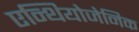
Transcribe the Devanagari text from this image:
एन्थियोजेनिक